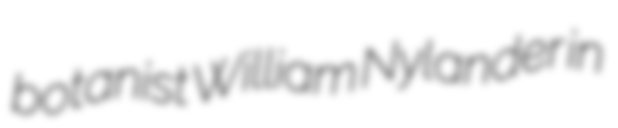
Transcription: botanist William Nylander in